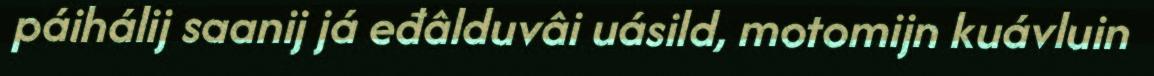
páihálij saanij já eđâlduvâi uásild, motomijn kuávluin